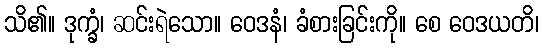
သိ၏။ ဒုက္ခံ၊ ဆင်းရဲသော။ ဝေဒနံ၊ ခံစားခြင်းကို။ စေ ဝေဒယတိ၊